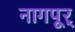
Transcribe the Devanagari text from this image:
नागपूर्